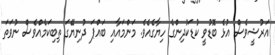
އަރުޝީވެސް އުޅެ ބޮޑުވީ ކުޑަކުދިންގެ ހިޔާގެއެވެ. މަންމައާއި ބައްޕަ ދުނިޔޭގަ ތިބިކަމެއްވެސް ނުވަތަ